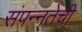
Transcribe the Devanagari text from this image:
संपन्नतेची